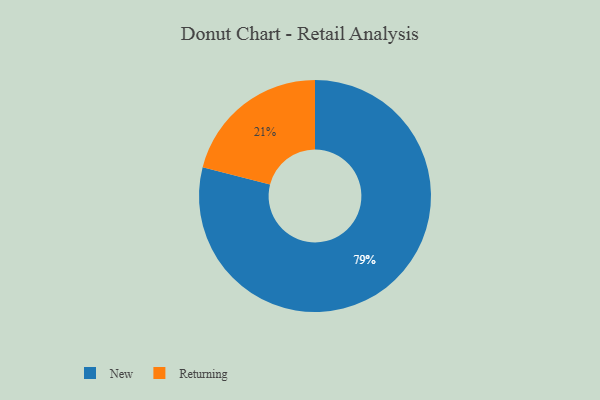
{"axis": {"x": "Category", "y": "Percentage"}, "legend": ["New", "Returning"], "data": [{"x": "New", "y": 79, "type": "New"}, {"x": "Returning", "y": 21, "type": "Returning"}]}